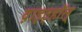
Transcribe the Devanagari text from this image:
व़ाइठ्हाॅल़्